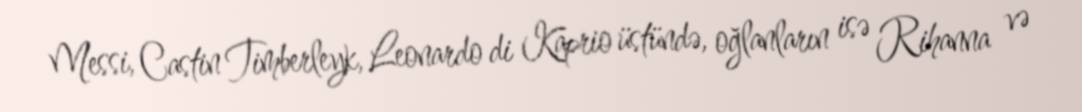
Messi, Castin Timberleyk, Leonardo di Kaprio üstündə, oğlanların isə Rihanna və